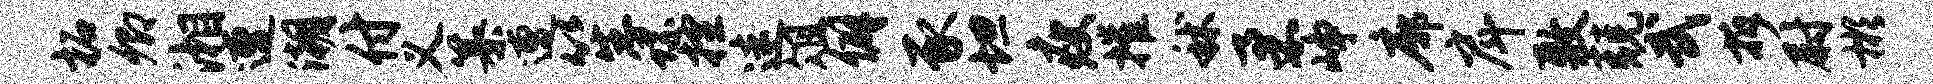
柘卿湘遭潮付义纂遭笙螺控迷俎僻豕坦瘦摧秫柔峥廓戽敷兢武拆尉彬